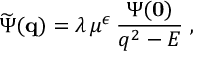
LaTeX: \widetilde { \Psi } ( { \bf q } ) = \lambda \, \mu ^ { \epsilon } \, \frac { \Psi ( { \bf 0 } ) } { q ^ { 2 } - E } \; ,